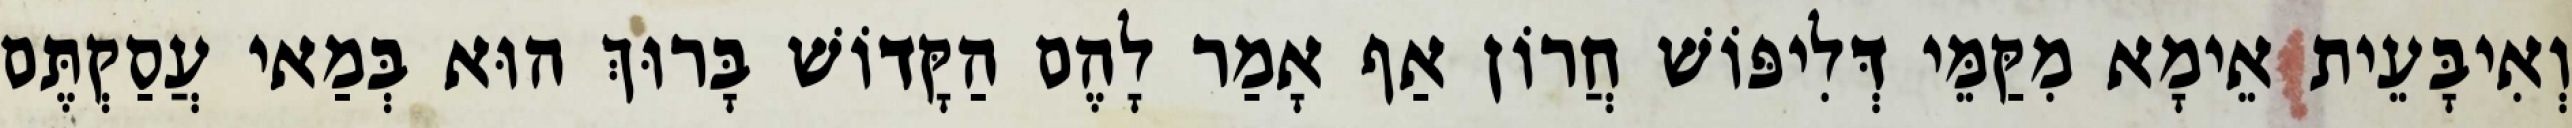
וְאִיבָּעֵית אֵימָא מִקַּמֵּי דְּלִיפּוֹשׁ חֲרוֹן אַף אָמַר לָהֶם הַקָּדוֹשׁ בָּרוּךְ הוּא בְּמַאי עֲסַקְתֶּם